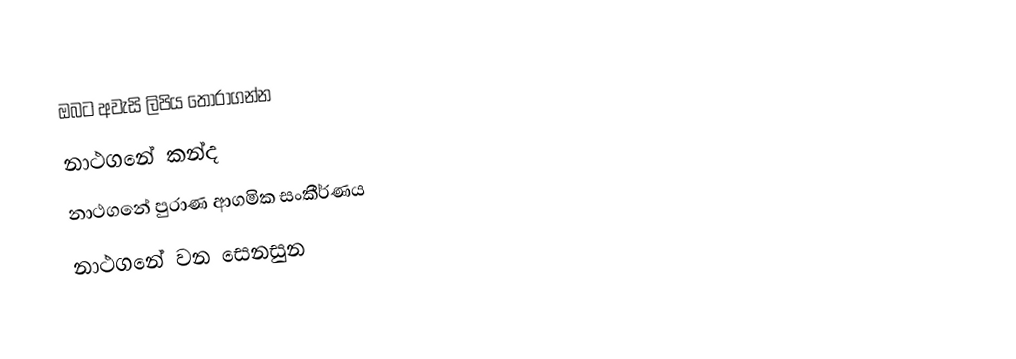
ඔබට අවැසි ලිපිය තෝරාගන්න
 නාථගනේ කන්ද
 නාථගනේ පුරාණ ආගමික සංකීර්ණය
 නාථගනේ වන සෙනසුන